Juuru_vallavalitsus, lk 29
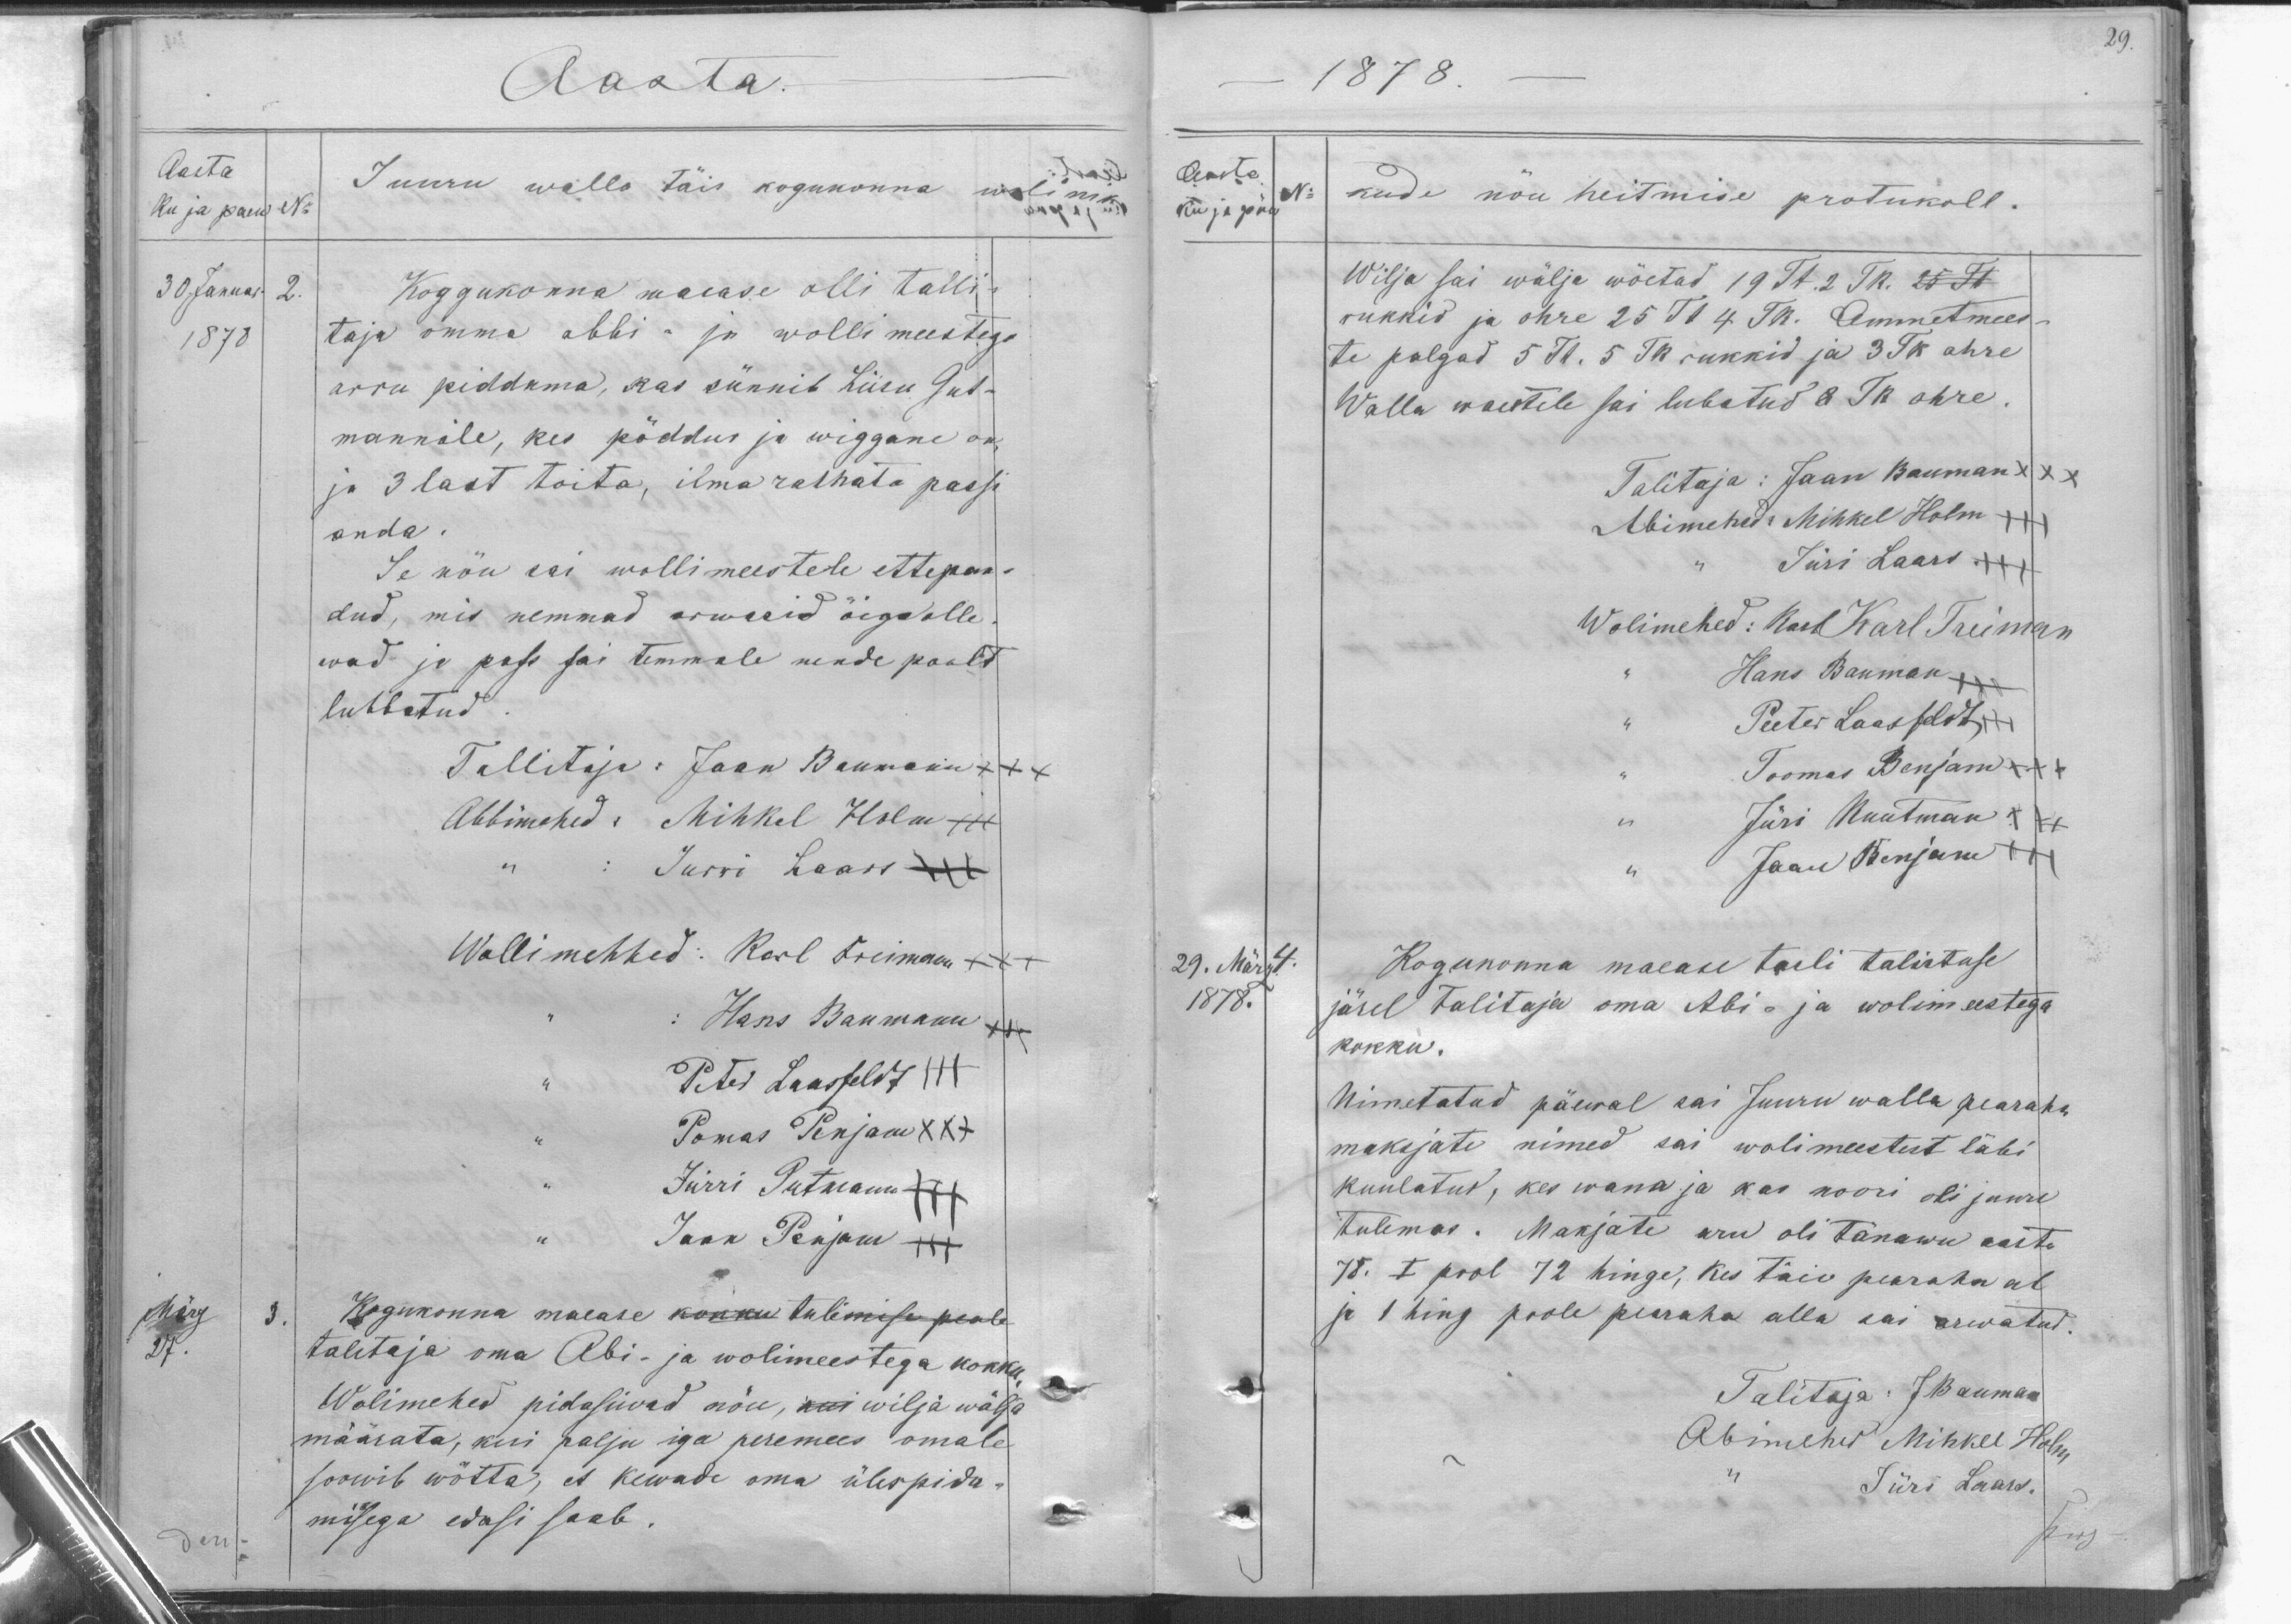
Aasta.
Aasta
ku ja päew. No
30 Januar. 2.
1878
Juuru walla täis kogukonna wolinik
Koggukonna maeasa olli talli-
taja omma abbi- ja wolli meestega
arro piddama, kas sünnib Liisu Gut-
mannile, kes pöddur ja wiggane on
ja 3 last toita, ilma rahata passi
anda.
Se nõu sai wollimeestele ettepan-
dud, mis nemmad arwasid õige olle-
wad ja pass sai temmale nende poolt
lubbatud.
Tallitaja: Jaan Baumann +++
Abbimehed: Mihkel Holm +++
Jürri Laars
Wollimehhed: Karl Freimann +++
Hans Baumann
Peter Laasfeldt XXX
Tomas Penjam XXX
Jürri Gutmann
Jaan Penjam
März 27.
3.
Kogukonna mäease kokku tulimise peale
talitaja oma Abi- ja wolimeestega kokku
Wolimehed pidasiwad nõu, kui wilja wälja
määrata, kui palju iga peremees omale
soowib wõtta, et kewade oma ülespida-
misega edasi saab.

29.
1878.
Aasta
No
kuu ja päw
kude nõu heitmise protukoll.
Wilja sai wälja wõetud 19 Tk. 2 TR. 25 Tk.
rukkid ja ohre 25 Tk 4 TR. Ammetmees-
te palgad 5 Tk. 5 Tk rukkid ja 3 TK ohre
Walla waestele sai lubatud 8 Tk ohre.
Talitaja: Jaan Bauman XXX
Abimehed: Mihkel Holm +++
Jüri Laars XXX
Wolimehed: Karl Karl Treiman
Hans Bauman
Peeter Laasfeldt
Toomas Benjam XXX
Jüri Kuutman XXX
Jaan Benjam
29. März. 4.
1878.
Kogunonna maease tuli talistuse
järel talitaja oma Abi- ja wolimeestega
kokku.
Nimetatud päewal sai Juuru walla pearaha
maksjate nimed sai wolimeestest läbi
kuulatud, kes wana ja kas noori oli juure
tulemas. Makjate aru oli tänawu aasta
78. I pool 72 hinge, kes täie pearaha al
ja 1 hing poole pearaha alla sai arwatud.
Talitaja: J Bauman
Abimehed Mihkel Holm
Jüri Laars.